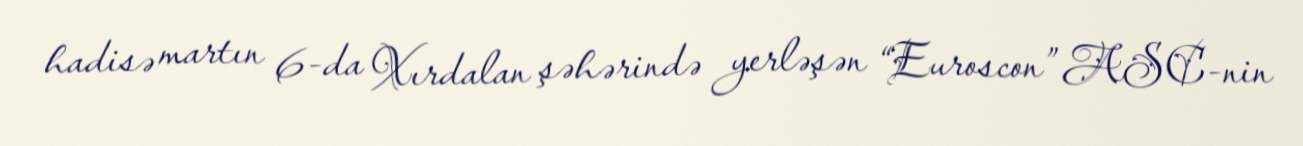
hadisə martın 6-da Xırdalan şəhərində yerləşən “Euroscon” ASC-nin